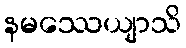
နမဿေယျာသိ